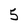
Character: 5